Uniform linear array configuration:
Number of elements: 64
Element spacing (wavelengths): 0.5
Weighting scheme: blackman
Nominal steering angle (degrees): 15
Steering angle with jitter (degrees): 14.956
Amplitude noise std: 0.05
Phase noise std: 0.05

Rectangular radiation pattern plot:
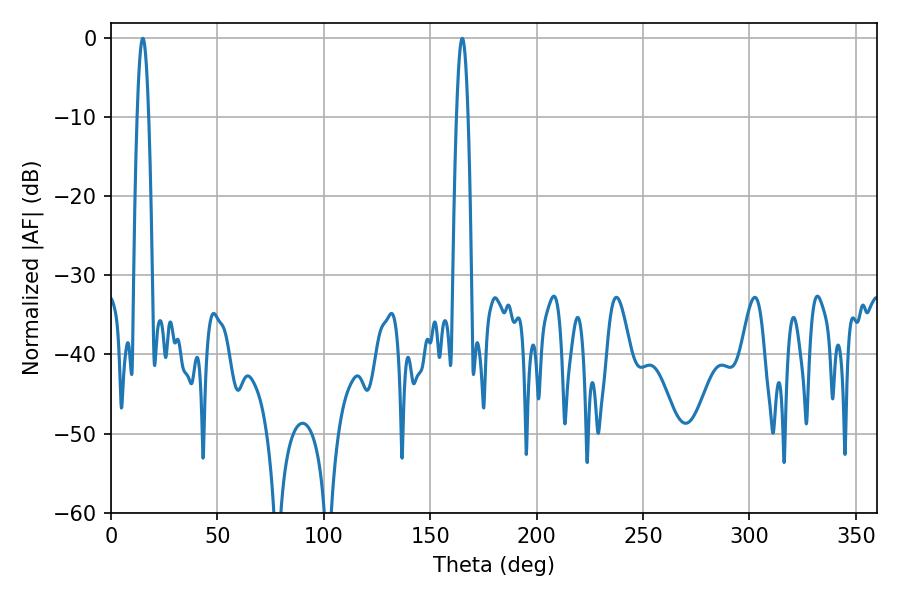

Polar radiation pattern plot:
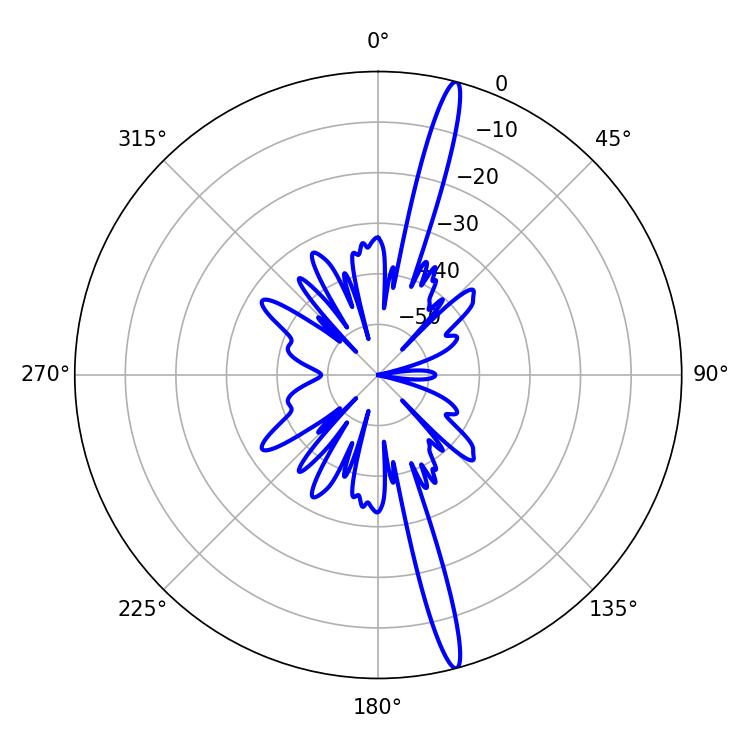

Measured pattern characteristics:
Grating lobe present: FALSE
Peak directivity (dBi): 18.367
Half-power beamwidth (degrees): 2.88
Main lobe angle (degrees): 14.94